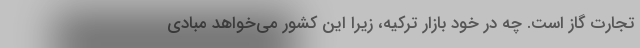
تجارت گاز است. چه در خود بازار ترکیه، زیرا این کشور می‌خواهد مبادی